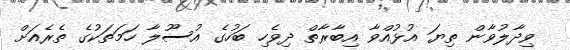
ވިދާލުވާން ތިޔަ އުޅުއްވާ އިބާރާތް ދިވެހި ބަހުގެ އުސޫލާ ހަމަތަކުގެ ތެރެއަށް